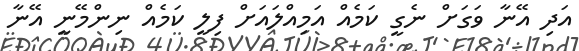
އަދި އޭނާ ވަގަށް ނެގީ ކަމެއް އަމިއްލައަށް ފިލީ ކަމެއް ނިންމޭނީ އޭނާ